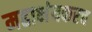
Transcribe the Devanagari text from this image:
महाभंयकरच